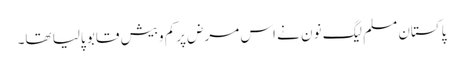
پاکستان مسلم لیگ نون نے اس مرض پرکم وبیش قابو پالیا تھا۔